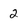
Character: 2